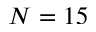
N = 1 5